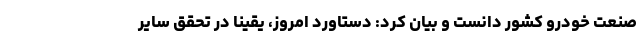
صنعت خودرو کشور دانست و بیان کرد: دستاورد امروز، یقینا در تحقق سایر